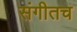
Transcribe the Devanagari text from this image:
संगीतच